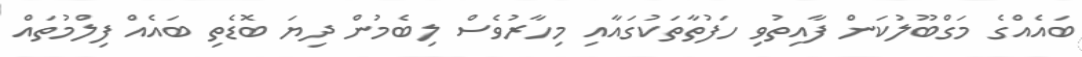
ބައެއްގެ މަގްބޫލުކަން ފާއިތުވި ހަފުތާތަކުގައާއި މިހާރުވެސް ލިބެމުން ދިޔަ ބޮޑެތި ބައެއް ފިލްމުތައް